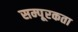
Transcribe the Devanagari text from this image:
सम्पूरकता